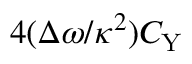
4 ( \Delta \omega / \kappa ^ { 2 } ) C _ { \mathrm { Y } }